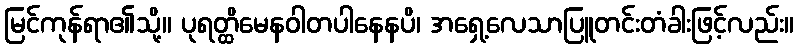
မြင်ကုန်ရာ၏သို့။ ပုရတ္ထိမေနဝါတပါနေနပိ၊ အရှေ့လေသာပြူတင်းတံခါးဖြင့်လည်း။